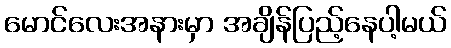
မောင်လေးအနားမှာ အချိန်ပြည့်နေပါ့မယ်